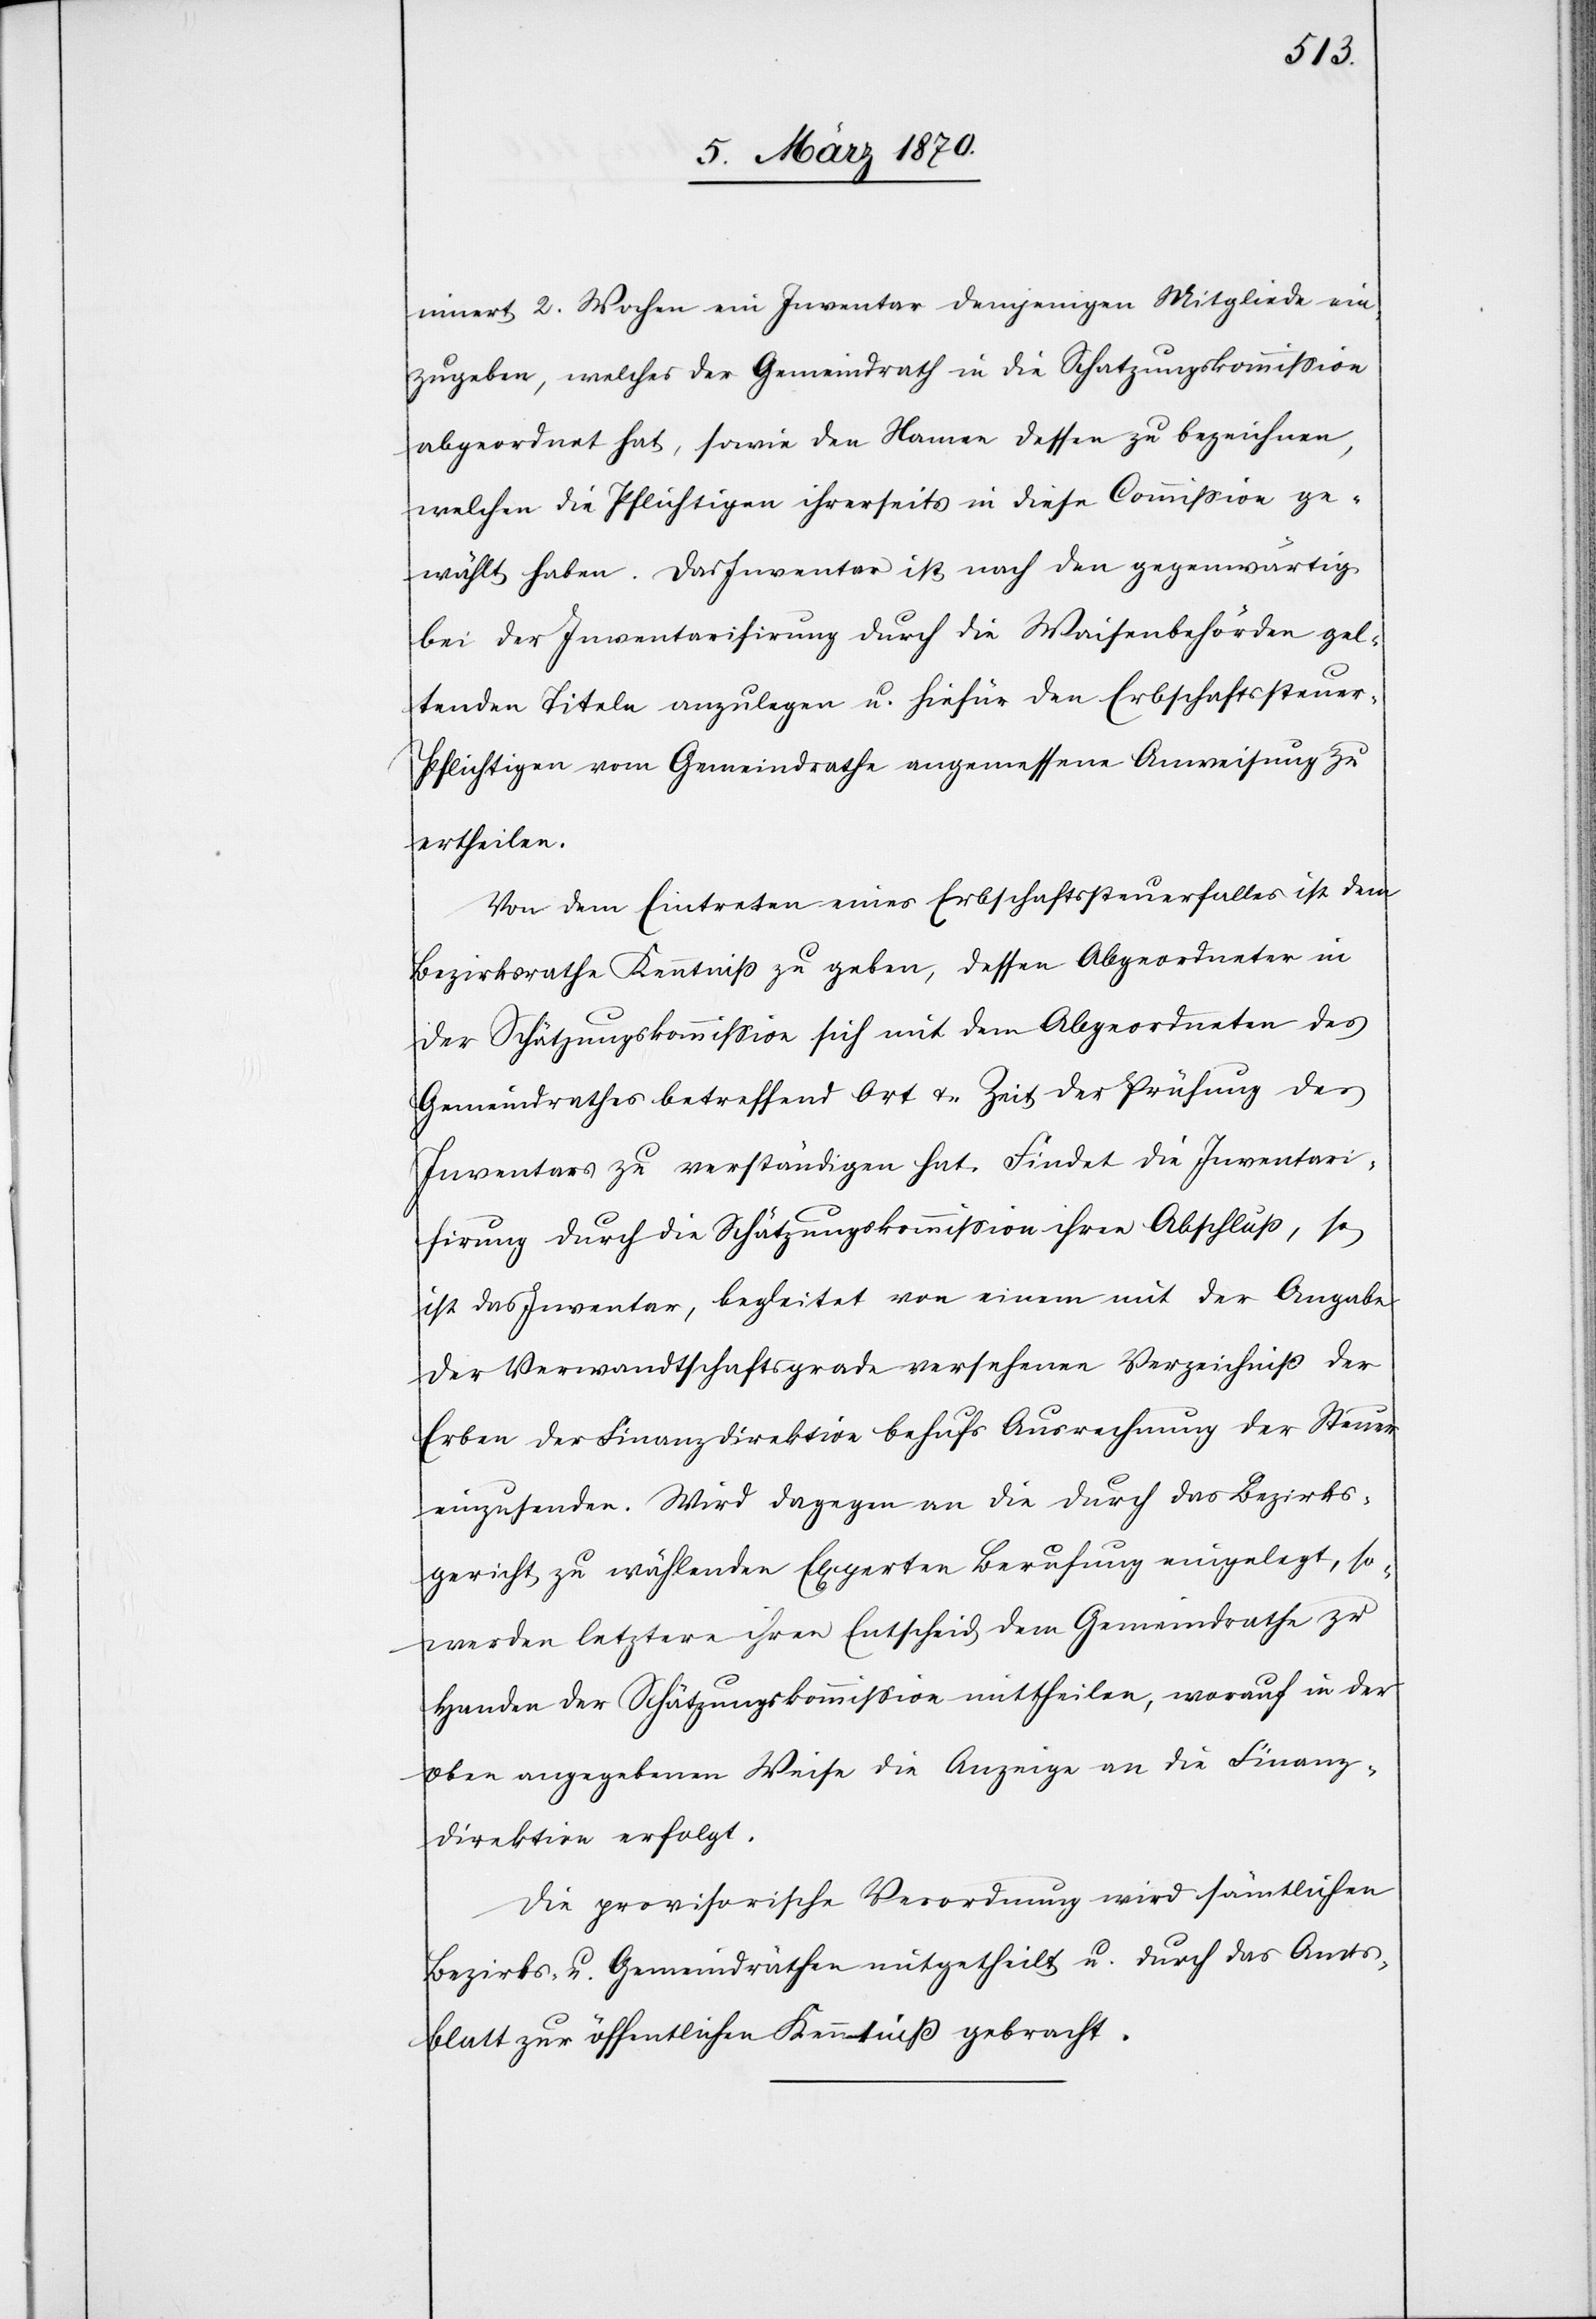
innert 2. Wochen ein Inventar demjenigen Mitgliede ein¬
zugeben, welches der Gemeindrath in die Schatzungskommission
abgeordnet hat, sowie den Namen dessen zu bezeichnen,
welchen die Pflichtigen ihrerseits in diese Commission ge¬
wählt haben. Das Inventar ist nach den gegenwärtig
bei der Inventarisirung durch die Waisenbehörde gel¬
tenden Titeln anzulegen u. hiefür den Erbschaftssteuer-P¬
flichtigen vom Gemeindrathe angemessene Anweisung zu
ertheilen.
Von dem Eintreten eines Erbschaftssteuerfalles ist dem
Bezirksrathe Kenntniß zu geben, dessen Abgeordneter in
der Schätzungskommission sich mit dem Abgeordneten des
Gemeindrathes betreffend Ort u. Zeit der Prüfung des
Inventars zu verständigen hat. Findet die Inventari¬
sirung durch die Schätzungskommission ihren Abschluß, so
ist das Inventar, begleitet von einem mit der Angabe
der Verwandtschaftsgrade versehenen Verzeichniß der
Erben der Finanzdirektion behufs Ausrechnung der Steuer
einzusenden. Wird dagegen an die durch das Bezirks¬
gericht zu wählenden Experten Berufung eingelegt, so
werden letztere ihren Entscheid dem Gemeindrathe zu
Handen der Schatzungskommission mittheilen, worauf in der
oben angegebenen Weise die Anzeige an die Finanz¬
direktion erfolgt.
Die provisorische Verordnung wird sämtlichen
Bezirks- u. Gemeindräthen mitgetheilt u. durch das Amts¬
blatt zur öffentlichen Kenntniß gebracht.